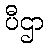
ပီဌာ